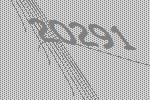
20291